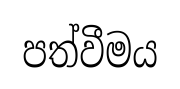
පත්වීමය